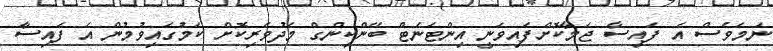
ނަމަވެސް އެ ފައިސާ ޖަމާކޮށްފައިވަނީ އިންޓަނެޓް ބޭންކިންގް މެދުވެރިކޮށް ކަމުގައިވުމުން އެ ފައިސާ